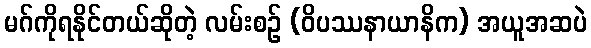
မဂ်ကိုရနိုင်တယ်ဆိုတဲ့ လမ်းစဉ် (ဝိပဿနာယာနိက) အယူအဆပဲ